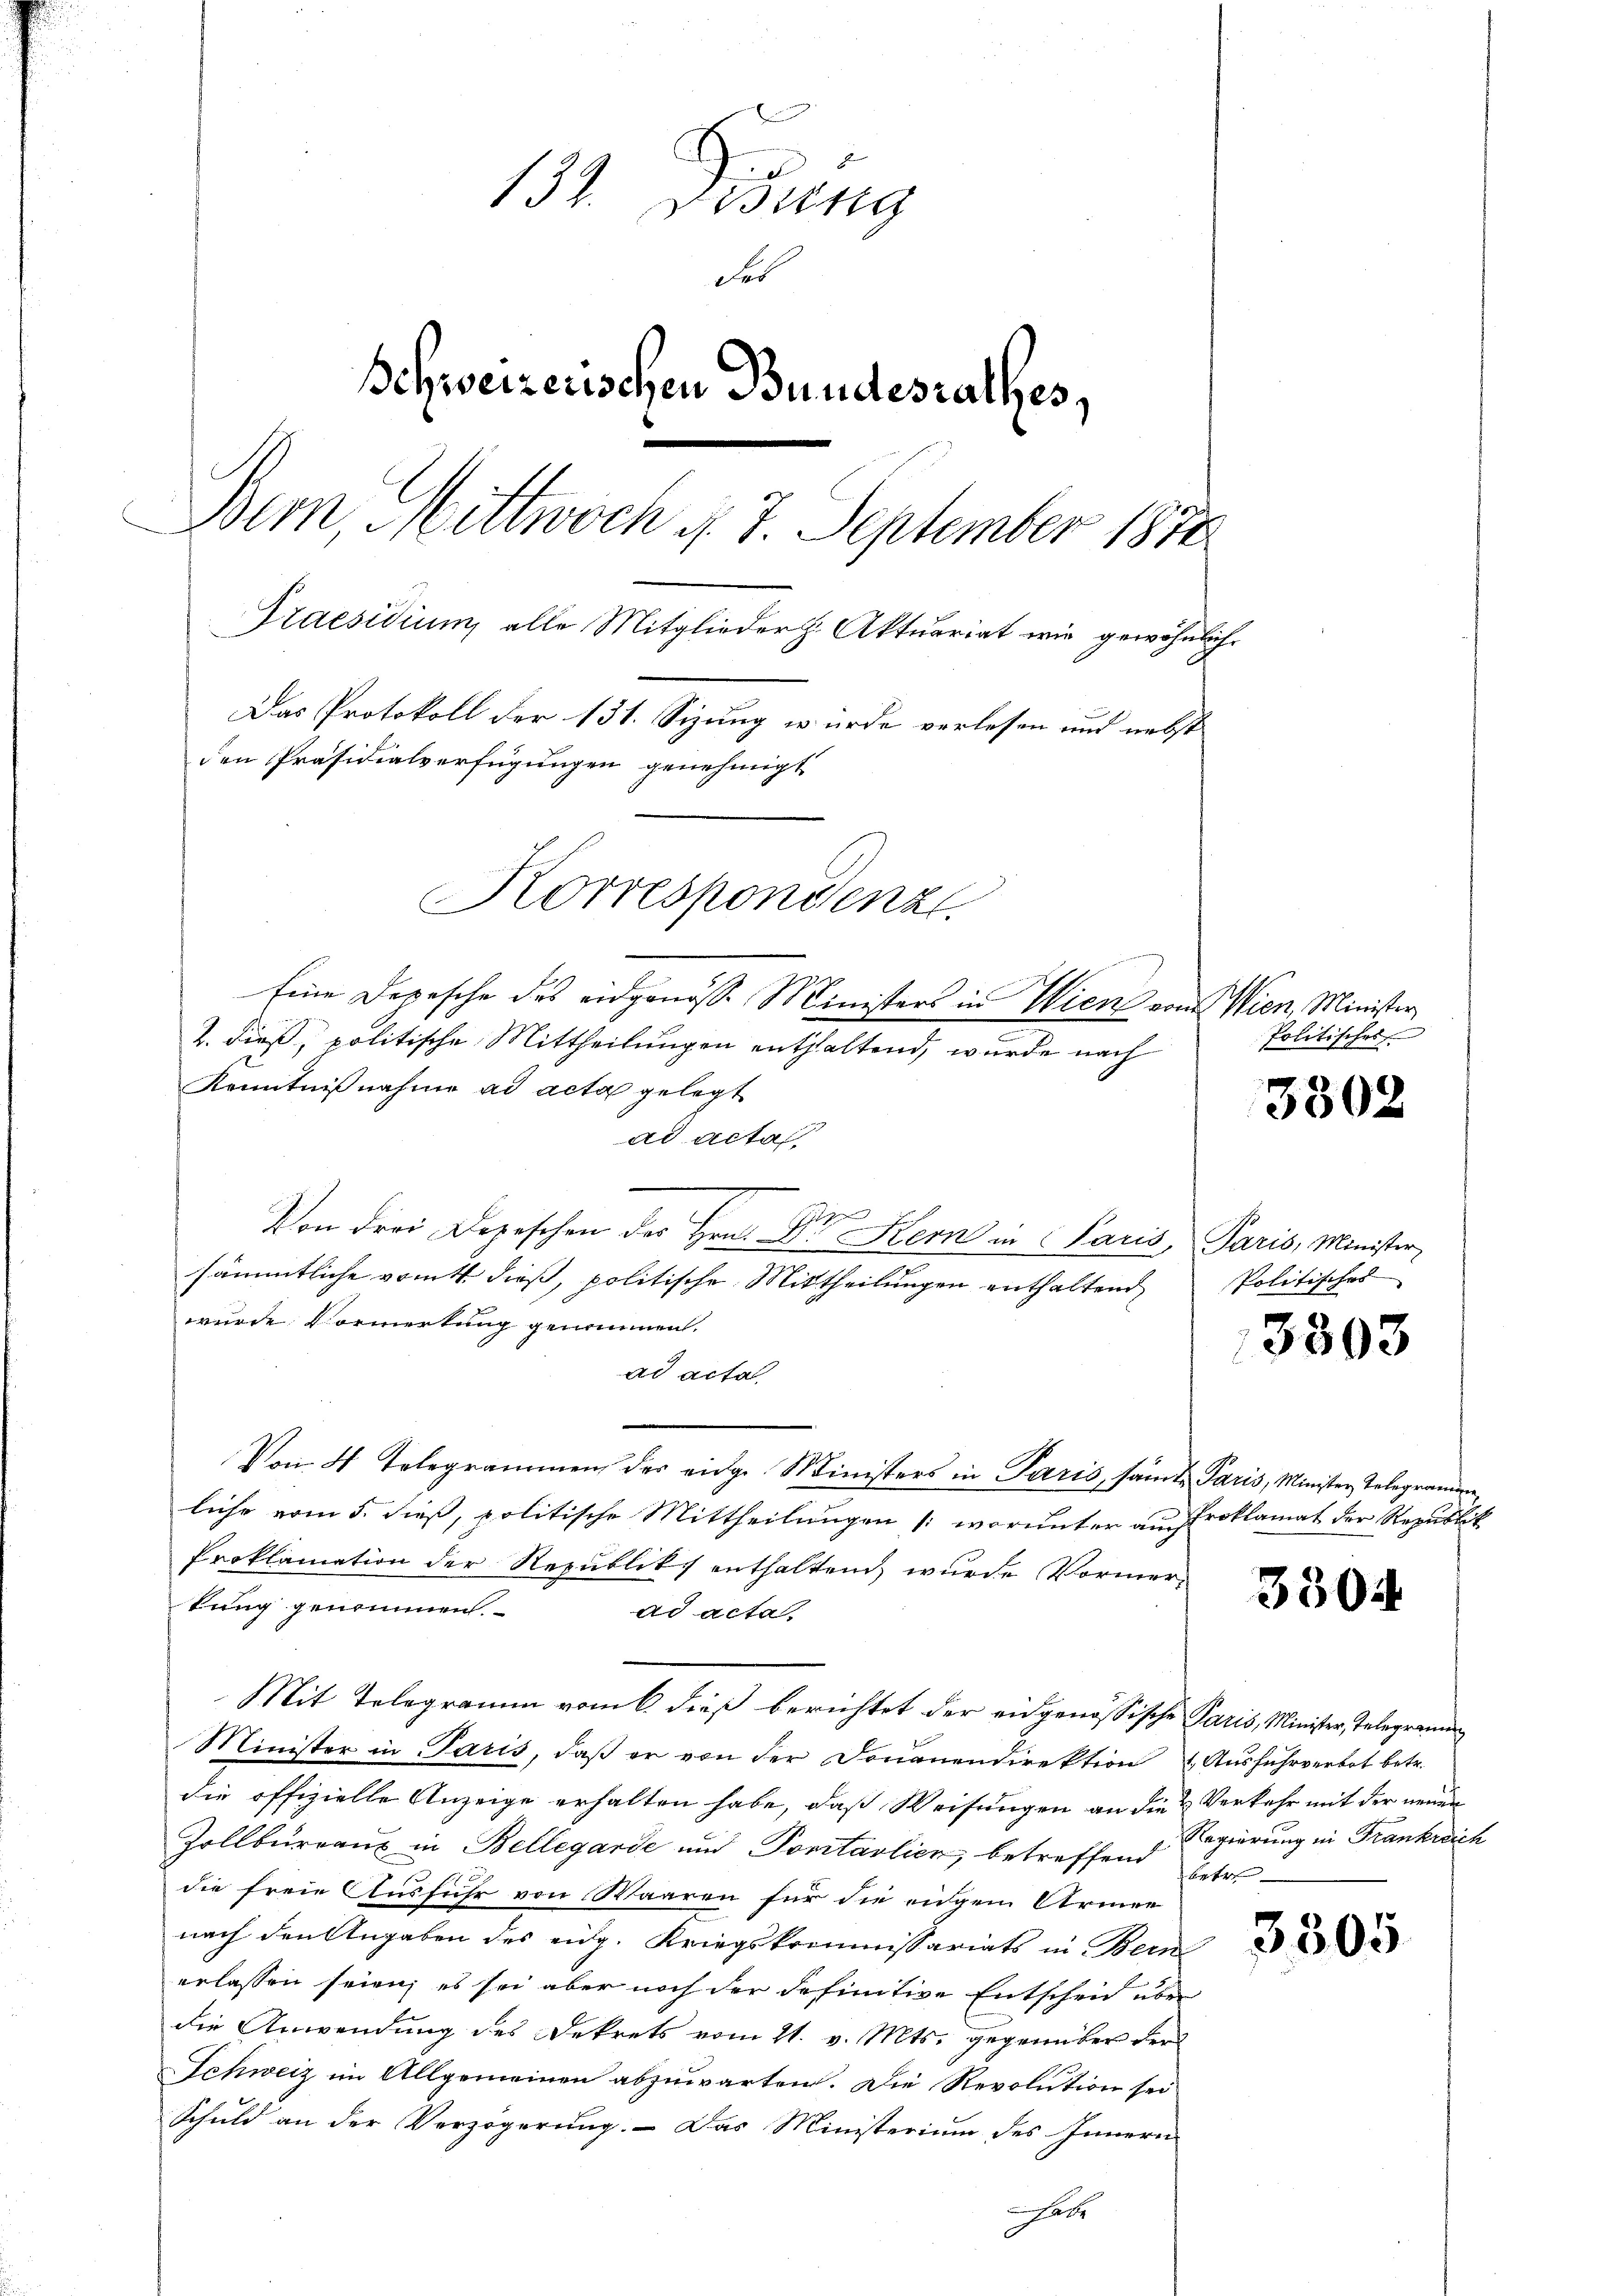
131. Disung
des
Schweizerischen Bundesrathes,
Bem, Mittwoch d. 7. September 1870
Praesidium, alle Mitglieder h. Aktuariat wie gewöhnliche
Das Protokoll der 131. Sizung wurde verlesen und nebst
den Präsidialverfügungen genehmigt
Korrespondenz
Eine Depesche des eidgenöss. Ministers in Wien vom Wien, Minister

2. dieß, politische Mittheilungen enthaltend, wurde nach
Kenntnißnahme ad acta gelegt
ad acta
Von drei Depeschen der Hrn. Dr Kern in Paris, Paris, Minister
sämmtliche vom 4. dieß, politische Mittheilungen enthaltend
wurde Vormerkung genommen.
ad acta
Von 4 Telegrammen der eidge Ministers in Paris, samte Paris, Minister Telegramen
liche vom 5. dieß, politische Mittheilungen (worunter ausroklamat der Republik
Proklamation der Republik enthaltend, wurde Vormer-
tung genommen.
ad acta
Mit Telegramm vom 6. dieß berichtet der eidgenössische Paris, Minister, Telegramm
Minister in Paris, daβ er von der Donauendirektion Ausfuhrverbot betr.
die offizielle Anzeige erhalten habe, daß Weisungen an die & Verkehr mit der neuen
Zollbüreaux in Bellegarde und Portalien, betreffend betr
die freie Ausführ von Waaren für die eidgem Armee
nach den Angaben des eidg. Kriegskommissariats in Bern
erlassen seien, es sei aber noch der definitive Entscheid über
die Anwendung des Dekrets vom 21. v. Mts. gegenüber der
Schweiz im Allgemeinen abzuwarten. Die Revolution sei
Schuld an der Verzögerung. Das Ministerium des Innern
ac

Politisches

3302

Politisches

3803

3304

3305

Regierung in Frankreich